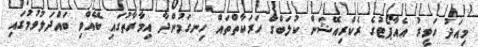
މިއަދު ހަވީރު އެއާޕޯޓުގެ ރެކްރިއޭޝަން ކުލަބްގެ ހަރަކާތްތައް ހިނގަމުންދާ އިމާރާތުގައި ބޭއްވި ބައްދަލުވުމުގައި